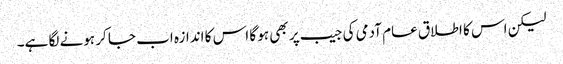
لیکن اس کا اطلاق عام آدمی کی جیب پر بھی ہو گا اس کا اندازہ اب جا کر ہونے لگا ہے۔